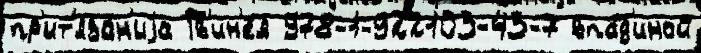
пр'ит'яза́н'иjа Гв'ин'е́я 978-1-922103-43-7 впа́д'иной